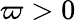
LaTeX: \varpi>0